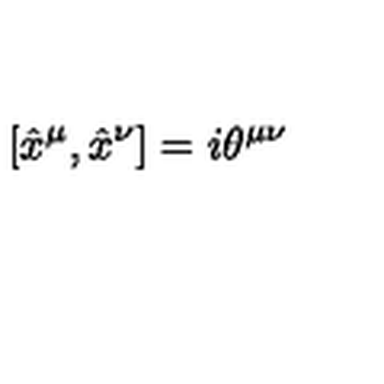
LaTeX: [ \hat { x } ^ { \mu } , \hat { x } ^ { \nu } ] = i \theta ^ { \mu \nu }